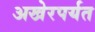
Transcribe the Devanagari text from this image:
अखेरपर्यत